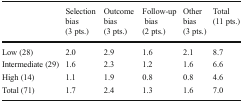
<table><thead><tr><td></td><td><b>Selection bias (3 pts.)</b></td><td><b>Outcome bias (3 pts.)</b></td><td><b>Follow-up bias (2 pts.)</b></td><td><b>Other bias (3 pts.)</b></td><td><b>Total (11 pts.)</b></td></tr></thead><tbody><tr><td>Low (28)</td><td>2.0</td><td>2.9</td><td>1.6</td><td>2.1</td><td>8.7</td></tr><tr><td>Intermediate (29)</td><td>1.6</td><td>2.3</td><td>1.2</td><td>1.6</td><td>6.6</td></tr><tr><td>High (14)</td><td>1.1</td><td>1.9</td><td>0.8</td><td>0.8</td><td>4.6</td></tr><tr><td>Total (71)</td><td>1.7</td><td>2.4</td><td>1.3</td><td>1.6</td><td>7.0</td></tr></tbody></table>